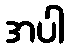
အပါ